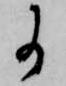
に